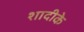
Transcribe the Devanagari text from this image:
शादीके